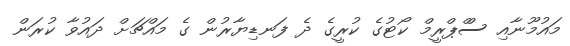
މައުމޫނާއި ސްްޕްރީމް ކޯޓުގެ ކުރީގެ ދެ ފަނޑިޔާރުން ގެ މައްޗަށް ދައުވާ ކުރަން